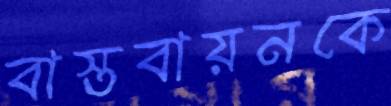
বাস্তবায়নকে